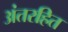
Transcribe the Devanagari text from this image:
अंतरहित